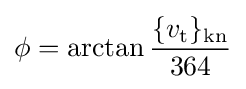
\phi =\arctan {\frac {\{v_{\mathrm {t} }\}_{\mathrm {kn} }}{364}}